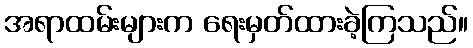
အရာထမ်းများက ရေးမှတ်ထားခဲ့ကြသည်။